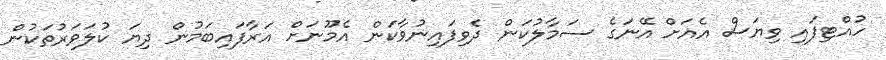
ހުއްޓިފައި ވިޔަސް އެއަށް އޭނަގެ ސަމާލުކަން ދެވިފައިނުވާކަން އެމޫނަށް އަރާފައިބަމުން ދިޔަ ކުލަވަރުތަކުން